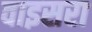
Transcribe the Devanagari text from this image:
वाइसरा